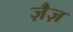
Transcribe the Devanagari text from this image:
ज़ैज़